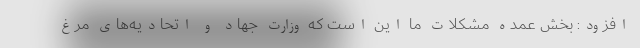
افزود: بخش عمده مشکلات ما این است که وزارت جهاد و اتحادیه‌های مرغ